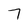
Character: 7